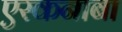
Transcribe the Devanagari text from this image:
एस्कनाबा